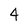
Character: 4